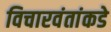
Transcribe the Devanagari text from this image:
विचारवंतांकडे